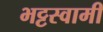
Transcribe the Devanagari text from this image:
भट्टस्वामी